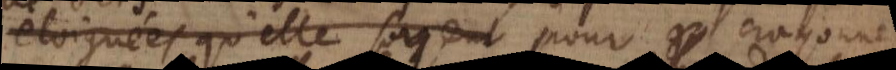
eloignées qu’elles soyent pour crayonner